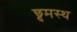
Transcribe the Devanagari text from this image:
छ्दमस्थ